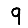
Digit: 9